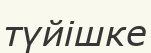
түйішке